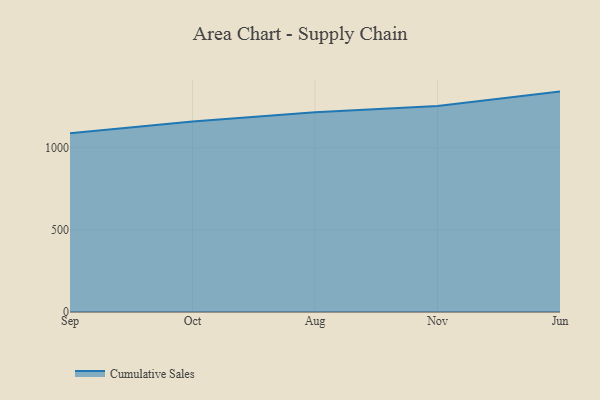
{"axis": {"x": "Month", "y": "Revenue (USD Million)"}, "legend": ["Cumulative Sales"], "data": [{"x": "Sep", "y": 1087.8, "type": "Cumulative Sales"}, {"x": "Oct", "y": 1159.6, "type": "Cumulative Sales"}, {"x": "Aug", "y": 1216.6, "type": "Cumulative Sales"}, {"x": "Nov", "y": 1253.8, "type": "Cumulative Sales"}, {"x": "Jun", "y": 1341.7, "type": "Cumulative Sales"}]}